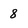
Character: 8